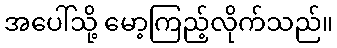
အပေါ်သို့ မော့ကြည့်လိုက်သည်။